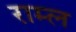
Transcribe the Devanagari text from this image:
राम्ल